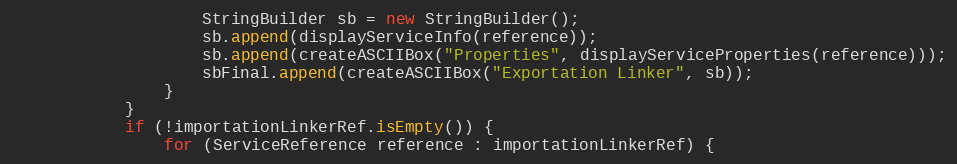
Language: Java
                    StringBuilder sb = new StringBuilder();
                    sb.append(displayServiceInfo(reference));
                    sb.append(createASCIIBox("Properties", displayServiceProperties(reference)));
                    sbFinal.append(createASCIIBox("Exportation Linker", sb));
                }
            }
            if (!importationLinkerRef.isEmpty()) {
                for (ServiceReference reference : importationLinkerRef) {